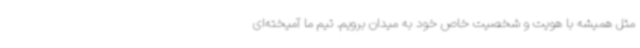
مثل همیشه با هویت و شخصیت خاص خود به میدان برویم. تیم ما آمیخته‌ای